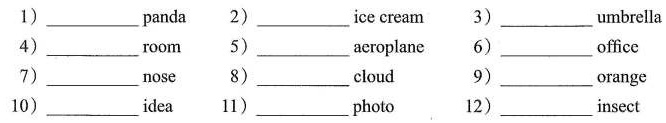
1)___panda 2)___ice cream 3)___umbrella 4)___room 5)___aeroplane 6)___offìce 7)___nose 8)___cloud 9)___orange 10)___idea 11)___photo 12)___insect